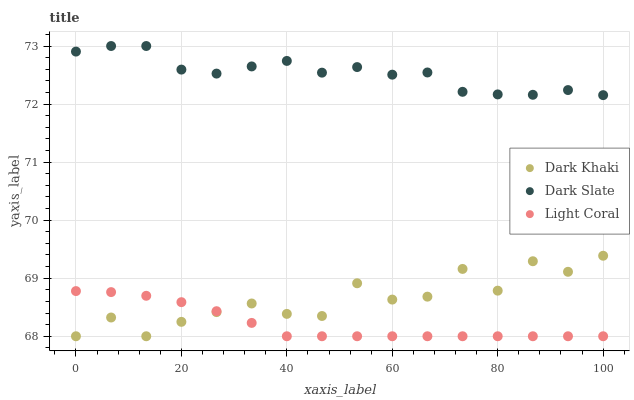
| xaxis_label | Dark Khaki | Dark Slate | Light Coral |
 | --- | --- | --- | --- |
 | 0 | 68 | 72.9 | 68.8 |
 | 6.67 | 68.3 | 73 | 68.8 |
 | 13.3 | 68 | 73 | 68.7 |
 | 20 | 68.2 | 72.6 | 68.6 |
 | 26.7 | 68.4 | 72.5 | 68.4 |
 | 33.3 | 68.6 | 72.6 | 68.2 |
 | 40 | 68.4 | 72.7 | 68 |
 | 46.7 | 68.3 | 72.5 | 68 |
 | 53.3 | 68.9 | 72.6 | 68 |
 | 60 | 68.6 | 72.5 | 68 |
 | 66.7 | 68.7 | 72.5 | 68 |
 | 73.3 | 69.2 | 72.2 | 68 |
 | 80 | 68.8 | 72.2 | 68 |
 | 86.7 | 69.3 | 72.2 | 68 |
 | 93.3 | 69.1 | 72.2 | 68 |
 | 100 | 69.4 | 72.2 | 68 |